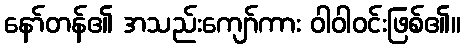
နော်တန်၏ အသည်းကျော်ကား ဝါဝါဝင်းဖြစ်၏။